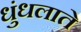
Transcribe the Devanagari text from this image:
धुंधलाते